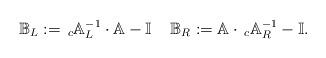
LaTeX: \begin{align*}\mathbb{B}_L:=\,_{c}\mathbb{A}^{-1}_L\cdot \mathbb{A}-\mathbb{I}\;\;\;\; \mathbb{B}_R:=\mathbb{A}\cdot \,_{c}\mathbb{A}^{-1}_R-\mathbb{I}.\end{align*}